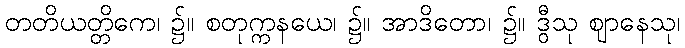
တတိယတ္တိကေ၊ ၌။ စတုက္ကနယေ၊ ၌။ အာဒိတော၊ ၌။ ဒွီသု ဈာနေသု၊